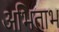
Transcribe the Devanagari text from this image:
अभिताभ